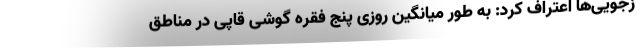
زجویی‌ها اعتراف کرد: به طور میانگین روزی پنج فقره گوشی قاپی در مناطق